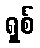
ရှစ်